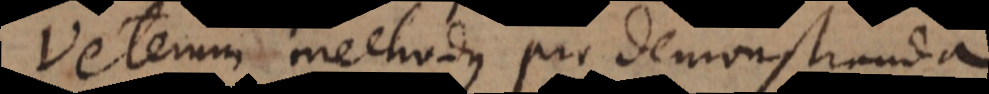
Veterum methodus pro demonstranda